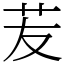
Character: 苃